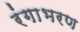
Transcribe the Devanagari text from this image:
रंगाभरण